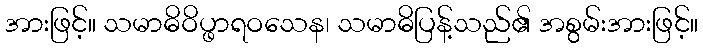
အားဖြင့်။ သမာဓိဝိပ္ဖာရဝသေန၊ သမာဓိပြန့်သည်၏ အစွမ်းအားဖြင့်။